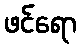
ဖင်ရော